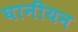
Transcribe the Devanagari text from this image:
घानीयन